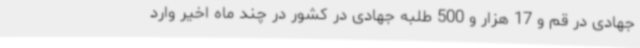
جهادی در قم و 17 هزار و 500 طلبه جهادی در کشور در چند ماه اخیر وارد